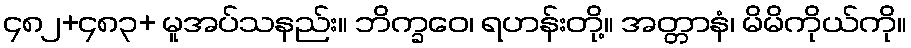
၄၈၂+၄၈၃+ မူအပ်သနည်း။ ဘိက္ခဝေ၊ ရဟန်းတို့။ အတ္တာနံ၊ မိမိကိုယ်ကို။